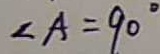
\angle A = 9 0 ^ { \circ }